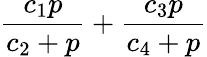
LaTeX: \frac{c_{1}p}{c_{2}+p}+\frac{c_{3}p}{c_{4}+p}